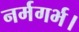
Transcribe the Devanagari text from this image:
नर्मगर्भ।